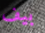
بيف